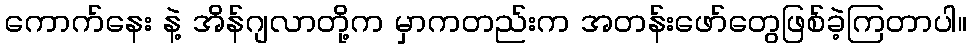
ကောက်နေး နဲ့ အိန်ဂျလာတို့က မှာကတည်းက အတန်းဖော်တွေဖြစ်ခဲ့ကြတာပါ။